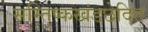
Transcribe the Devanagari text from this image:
सम्तिष्कखंडछेदित